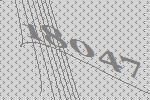
18047